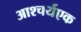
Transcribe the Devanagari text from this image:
आश्चर्यएक